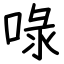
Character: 㖨